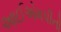
આઈએમપીનો